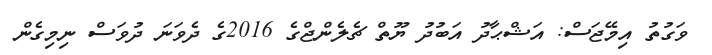
ވަގުތު އިމޭޖަސް: އަޝްޙާދު އަބުދު ޔޫތް ޗެލެންޖްގެ 2016ގެ ދެވަނަ ދުވަސް ނިމިގެން